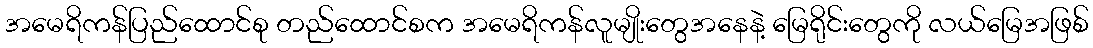
အမေရိကန်ပြည်ထောင်စု တည်ထောင်စက အမေရိကန်လူမျိုးတွေအနေနဲ့ မြေရိုင်းတွေကို လယ်မြေအဖြစ်